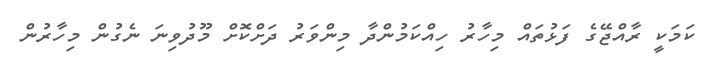
ކަމަކީ ރާއްޖޭގެ ފަޅުތައް މިހާރު ހިއްކަމުންދާ މިންވަރު ދަށްކޮށް މޫދުވިނަ ނެގުން މިހާރުން